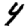
Digit: 4